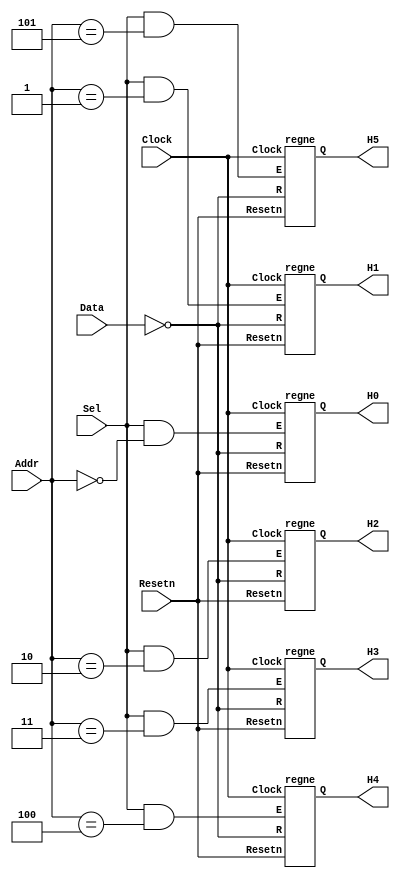
// Data written to registers R0 to R5 are sent to the H digits
module seg7 (Data, Addr, Sel, Resetn, Clock, H5, H4, H3, H2, H1, H0);
    input [6:0] Data;
    input [2:0] Addr;
    input Sel, Resetn, Clock;
    output [6:0] H5, H4, H3, H2, H1, H0;
	wire [6:0] R0, R1, R2, R3, R4, R5; //Wires for all registers are added
    wire [6:0] nData;
    assign nData = ~Data;

    regne reg_R0 (nData, Clock, Resetn, Sel & (Addr == 3'b000), H0);
	 // ... add code here
	regne reg_R1 (nData, Clock, Resetn, Sel & (Addr == 3'b001), R1);
	regne reg_R2 (nData, Clock, Resetn, Sel & (Addr == 3'b010), R2);
	regne reg_R3 (nData, Clock, Resetn, Sel & (Addr == 3'b011), R3);
	regne reg_R4 (nData, Clock, Resetn, Sel & (Addr == 3'b100), R4);
	regne reg_R5 (nData, Clock, Resetn, Sel & (Addr == 3'b101), R5);
	
	//Assigning registers R0 to R5 to H digits
	assign H0 = R0;
	assign H1 = R1;
	assign H2 = R2;
	assign H3 = R3;
	assign H4 = R4;
	assign H5 = R5;
	
endmodule

module regne (R, Clock, Resetn, E, Q);
    parameter n = 7;
    input [n-1:0] R;
    input Clock, Resetn, E;
    output [n-1:0] Q;
    reg [n-1:0] Q;	
	
    always @(posedge Clock)
        if (Resetn == 0)
            Q <= {n{1'b1}};  // turn OFF all segments on reset
        else if (E)
            Q <= R;
endmodule